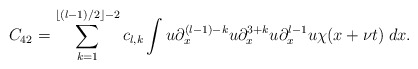
\begin{align*} C_{42}= \sum_{k=1}^{\lfloor (l-1)/2\rfloor-2} c_{l,k}\int u\partial_x^{(l-1)-k}u\partial_x^{3+k}u\partial_x^{l-1}u\chi(x+\nu t) \; dx.\end{align*}